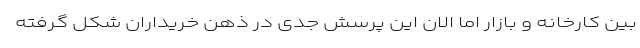
بین کارخانه و بازار اما الان این پرسش جدی در ذهن خریداران شکل گرفته